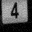
Digit: 4